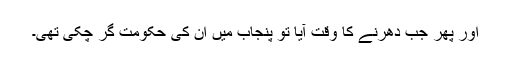
اور پھر جب دھرنے کا وقت آیا تو پنجاب میں ان کی حکومت گر چکی تھی۔